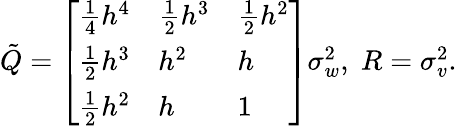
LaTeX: \begin{array}{r}{\tilde{Q}=\left[\begin{array}{lll}{\frac{1}{4}h^{4}}&{\frac{1}{2}h^{3}}&{\frac{1}{2}h^{2}}\\ {\frac{1}{2}h^{3}}&{h^{2}}&{h}\\ {\frac{1}{2}h^{2}}&{h}&{1}\end{array}\right]\sigma_{w}^{2},\; R=\sigma_{v}^{2}.}\end{array}